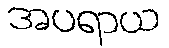
အပရာယ